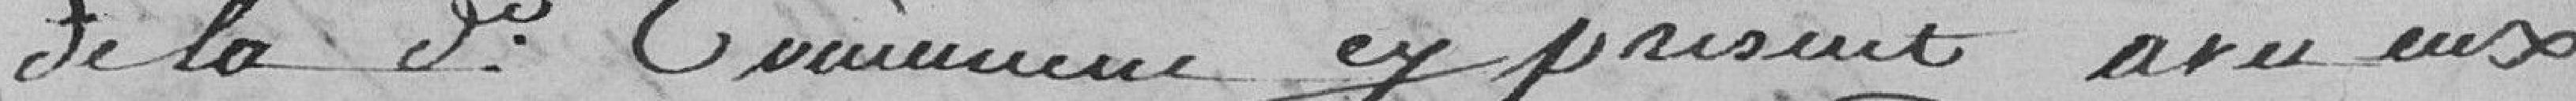
de la dite commune (et) présent avec eux